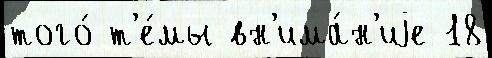
того́ т'е́мы вн'има́н'иjе 18